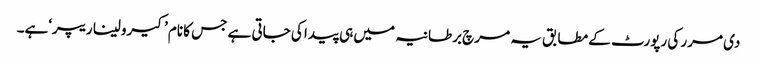
دی مرر کی رپورٹ کے مطابق یہ مرچ برطانیہ میں ہی پیدا کی جاتی ہے جس کا نام ’کیرولینا ریپر‘ہے۔